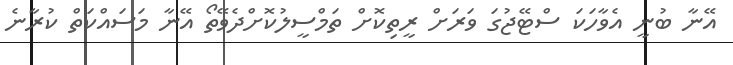
އޭނާ ބުނީ އެވާހަކަ ސްޓޭޖުގަ ވަރަށް ރީތިކޮށް ތަމްސީލުކޮށްދެވޭތޯ އޭނާ މަސައްކަތް ކުރާނެ